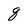
Character: q